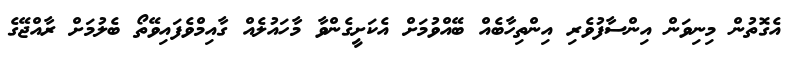
އެގޮތުން މިނިވަން އިންސާފުވެރި އިންތިހާބެއް ބޭއްވުމަށް އެކަށީގެންވާ މާހައުލެއް ގާއިމްވެފައިވޭތޯ ބެލުމަށް ރާއްޖޭގެ